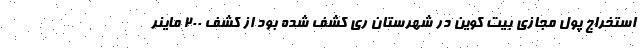
استخراج پول مجازی بیت کوین در شهرستان ری کشف شده بود از کشف 200 ماینر